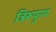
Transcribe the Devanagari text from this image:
त्रिरूपुरम